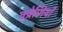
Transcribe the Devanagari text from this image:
क्ष्रेणियों